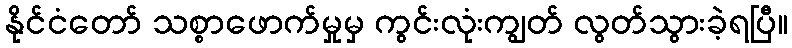
နိုင်ငံတော် သစ္စာဖောက်မှုမှ ကွင်းလုံးကျွတ် လွတ်သွားခဲ့ရပြီ။